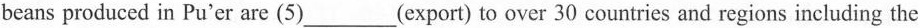
beans produced in Pu'er are (5)___(export) to over 30 countries and regions including the